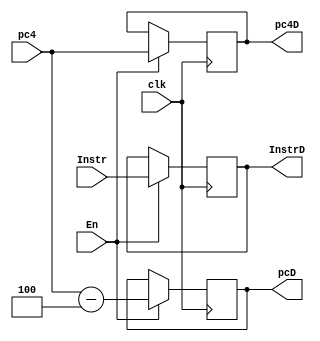
`timescale 1ns / 1ps
//////////////////////////////////////////////////////////////////////////////////
// Company: 
// Engineer: 
// 
// Design Name: 
// Module Name:    DReg 
// Project Name: 
// Target Devices: 
// Tool versions: 
// Description: 
//
// Dependencies: 
//
// Revision: 
// Revision 0.01 - File Created
// Additional Comments: 
//
//////////////////////////////////////////////////////////////////////////////////
module DReg(clk,En,Instr,pc4,InstrD,pc4D,pcD);
	input clk;
	input En;
	input [31:0] Instr;
	input [31:0] pc4;
	output [31:0] InstrD;
	output reg [31:0] pc4D;
	output reg [31:0] pcD;
	
	reg [31:0] Instr1;
	
	initial begin 
	Instr1=0;
	pc4D=0;
	pcD=0;
	end
	
	assign InstrD=Instr1;
	
	always@(posedge clk) begin
		if(En==1)begin 
			Instr1<=Instr;
			pc4D<=pc4;
			pcD<=pc4-4;
		end
	end

endmodule